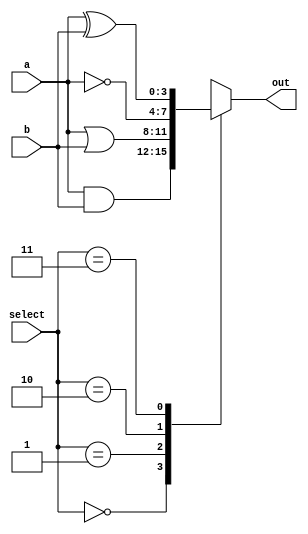
module combinational_logic_block (
    input [3:0] a,           // 4-bit input a
    input [3:0] b,           // 4-bit input b
    input [1:0] select,      // Control signal to select the operation
    output reg [3:0] out     // 4-bit output
);

// Define the logical functions
wire [3:0] and_out;
wire [3:0] or_out;
wire [3:0] not_a_out;
wire [3:0] not_b_out;
wire [3:0] xor_out;

// Shared logic resources
assign and_out = a & b;   // AND operation
assign or_out = a | b;    // OR operation
assign not_a_out = ~a;     // NOT operation on a
assign not_b_out = ~b;     // NOT operation on b
assign xor_out = a ^ b;    // XOR operation

// Multiplexer to select the output based on the control signal
always @(*) begin
    case (select)
        2'b00: out = and_out;   // Select AND output
        2'b01: out = or_out;    // Select OR output
        2'b10: out = not_a_out;  // Select NOT a output
        2'b11: out = xor_out;    // Select XOR output
        default: out = 4'b0000;  // Default case (safe)
    endcase
end

endmodule